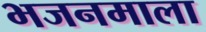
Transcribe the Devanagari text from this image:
भजनमाला